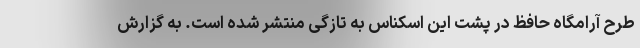
طرح آرامگاه حافظ در پشت این اسکناس به تازگی منتشر شده است. به گزارش